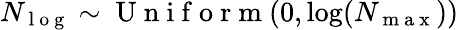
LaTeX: N_{\mathrm{~l~o~g~}}\sim\mathrm{~U~n~i~f~o~r~m~}(0,\log(N_{\mathrm{~m~a~x~}}))